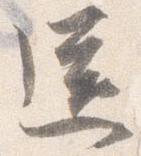
送